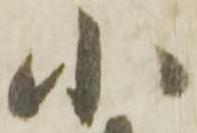
小